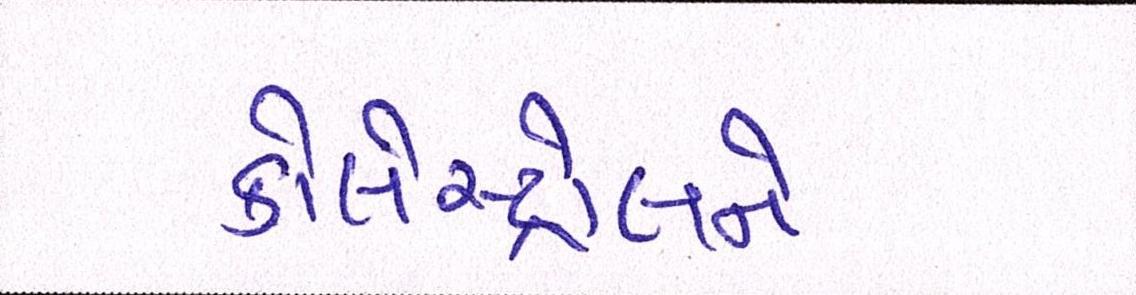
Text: કોલેસ્ટ્રોલને